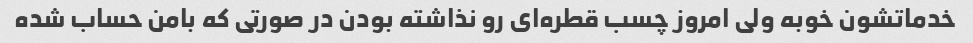
خدماتشون خوبه ولی امروز چسب قطره‌ای رو نذاشته بودن در صورتی که بامن حساب شده